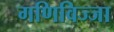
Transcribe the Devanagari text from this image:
गणिविज्जा